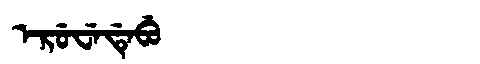
Manchu: ᡝᡵᡠᠸᡝᡩᡝᠪᡠ
Romanization: ERUWEDEBU